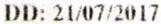
DD: 21/07/2017